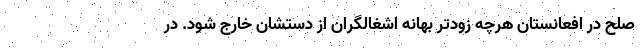
صلح در افعانستان هرچه زودتر بهانه اشغالگران از دستشان خارج شود. در